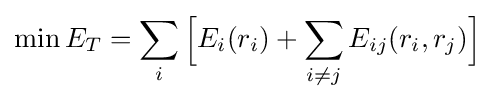
\min E_{T}=\sum _{i}{\Big [}E_{i}(r_{i})+\sum _{i\neq j}E_{ij}(r_{i},r_{j}){\Big ]}